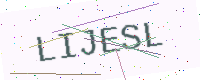
Text: LIJESL